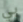
بي